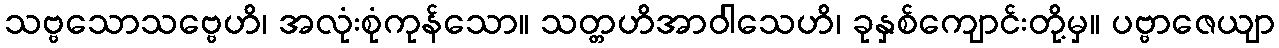
သဗ္ဗသောသဗ္ဗေဟိ၊ အလုံးစုံကုန်သော။ သတ္တဟိအာဝါသေဟိ၊ ခုနှစ်ကျောင်းတို့မှ။ ပဗ္ဗာဇေယျာ